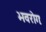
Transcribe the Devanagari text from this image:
भवरोगः